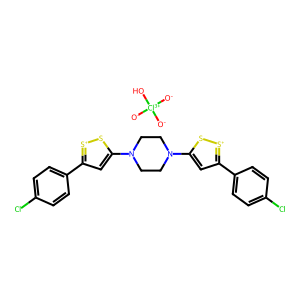
SMILES: Clc1ccc(-c2cc(N3CCN(c4cc(-c5ccc(Cl)cc5)[s+]s4)CC3)s[s+]2)cc1.[O-][Cl+3]([O-])([O-])O
Inhibits HIV replication: Yes